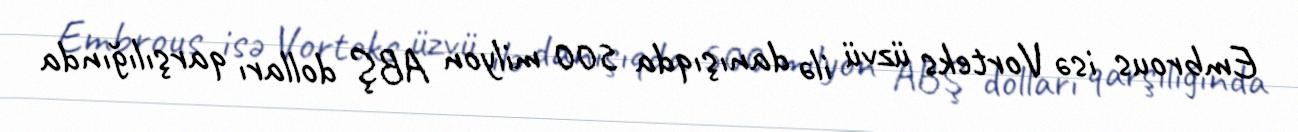
Embrous isə Vorteks üzvü ilə danışıqda 500 milyon ABŞ dolları qarşılığında